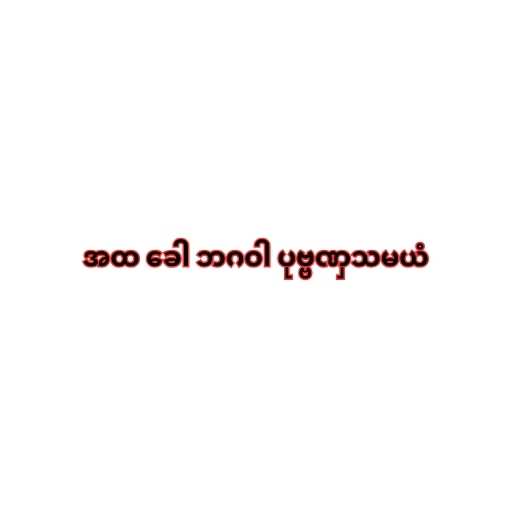
အထ ခေါ ဘဂဝါ ပုဗ္ဗဏှသမယံ